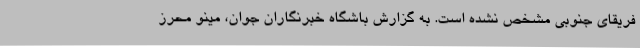
فریقای جنوبی مشخص نشده است. به گزارش باشگاه خبرنگاران جوان، مینو محرز